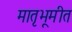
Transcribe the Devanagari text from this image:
मातृभूमीत